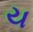
ય